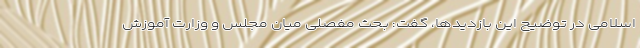
اسلامی در توضیح این بازدید‌ها، گفت: بحث مفصلی میان مجلس و وزارت آموزش